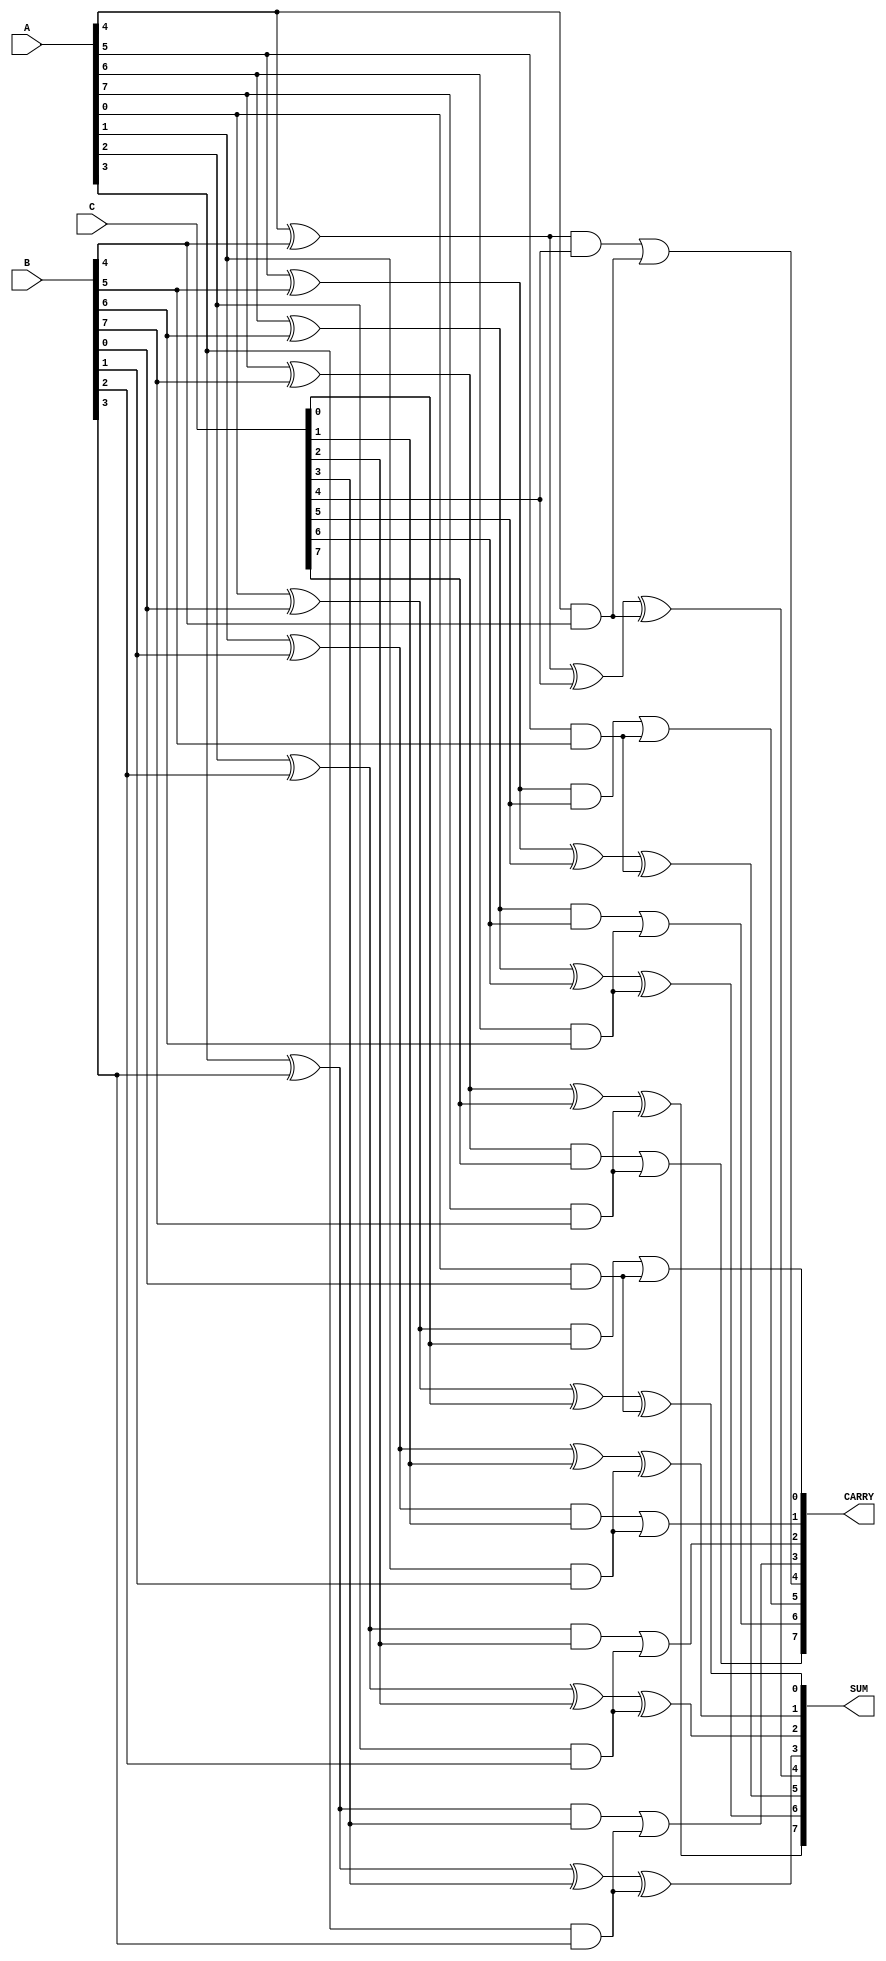
module CarrySaveAdder #(
    parameter N = 8 // Bit width
)(
    input [N-1:0] A, // First input
    input [N-1:0] B, // Second input
    input [N-1:0] C, // Third input
    output [N-1:0] SUM, // Output sum
    output [N-1:0] CARRY // Output carry
);

    // Intermediate vectors to hold sums and carries
    wire [N-1:0] S1, S2, C1, C2;

    // Generate full adders for the first stage
    genvar i;
    generate
        for (i = 0; i < N; i = i + 1) begin : full_adder_stage1
            // First full adder takes bits from A, B and a carry of 0
            assign S1[i] = A[i] ^ B[i]; // Sum of A and B
            assign C1[i] = A[i] & B[i]; // Carry of A and B
        end
    endgenerate

    // Generate full adders for the second stage
    generate
        for (i = 0; i < N; i = i + 1) begin : full_adder_stage2
            // Second full adder takes bits from S1, C, and the carry from previous stage
            assign S2[i] = S1[i] ^ C[i]; // Sum of previous stage
            assign C2[i] = S1[i] & C[i]; // Carry of the previous stage
        end
    endgenerate

    // Final stage to calculate the output SUM and CARRY
    generate
        for (i = 0; i < N; i = i + 1) begin : final_stage
            // Final SUM is the sum of S2 and C1, and the CARRY is the accumulation of carries
            assign SUM[i] = S2[i] ^ C1[i]; // Final Sum
            assign CARRY[i] = C2[i] | C1[i]; // Final Carry
        end
    endgenerate

endmodule